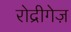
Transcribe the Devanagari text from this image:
रोद्रीगेज़